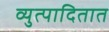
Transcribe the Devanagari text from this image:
व्युत्पादितात